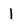
Character: l